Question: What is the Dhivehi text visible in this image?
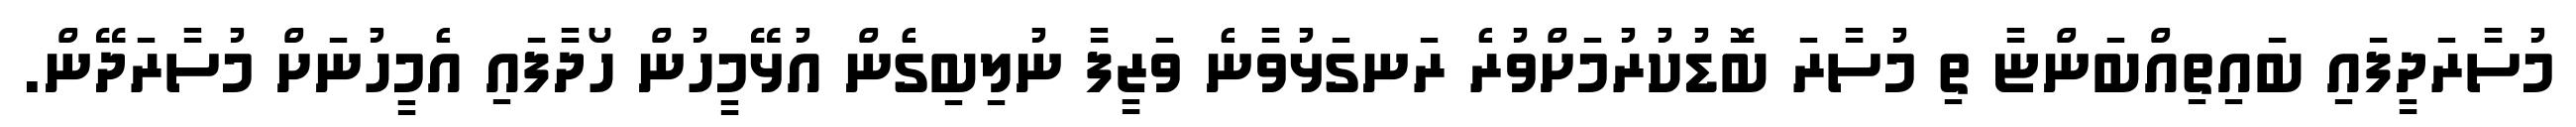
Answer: މުސާރަދީފައި ބައިތިއްބަންޏާ ތި މުސާރަ ބޮޑުކުރުމަށްވުރެ ރަނގަޅުވާނެ ވަޒީފާ ނުލިބިގެން އުޅޭމީހުން ހޯދާފައި އެމީހުނަށް މުސާރަދޭން.